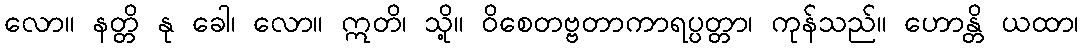
လော။ နတ္တိ နု ခေါ၊ လော။ ဣတိ၊ သို့။ ဝိစေတဗ္ဗတာကာရပ္ပတ္တာ၊ ကုန်သည်။ ဟောန္တိ ယထာ၊